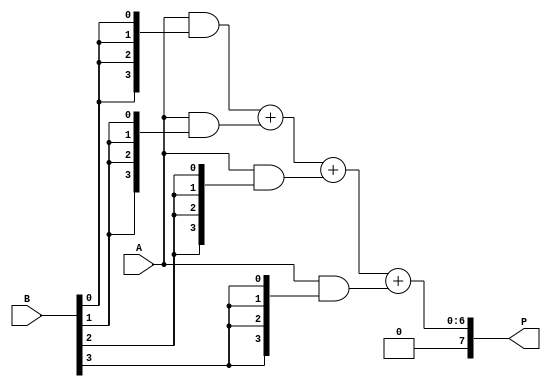
module array_multiplier #(parameter m = 4, n = 4) (
    input [m-1:0] A,   // Multiplicand
    input [n-1:0] B,   // Multiplier
    output [m+n-1:0] P // Product
);
    // Partial product wires
    wire [m-1:0] pp [0:n-1]; // Partial products

    // Generate partial products
    genvar i;
    generate
        for (i = 0; i < n; i = i + 1) begin: partial_product_gen
            assign pp[i] = A & {m{B[i]}}; // ANDing A with each bit of B
        end
    endgenerate

    // Intermediate sums and carries
    wire [m+n-1:0] sum [0:n-1]; // Sums for each row
    wire [m+n-1:0] carry [0:n-1]; // Carries for each row

    // Initialize the first row
    assign sum[0] = { {n{1'b0}}, pp[0] }; // First partial product aligned
    assign carry[0] = 0;

    // Row-wise addition
    genvar j;
    generate
        for (j = 1; j < n; j = j + 1) begin: adder_rows
            wire [m+n-1:0] shifted_pp = { {j{1'b0}}, pp[j] }; // Shifted partial product
            wire [m+n-1:0] temp_sum;
            wire [m+n-1:0] temp_carry;

            // Full adder logic
            assign {temp_carry, temp_sum} = sum[j-1] + shifted_pp;

            assign carry[j] = temp_carry;
            assign sum[j] = temp_sum;
        end
    endgenerate

    // Final product output
    assign P = sum[n-1];

endmodule